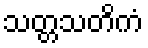
သတ္တသတိကံ